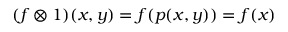
( f \otimes 1 ) ( x , y ) = f ( p ( x , y ) ) = f ( x )